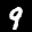
Label: 9